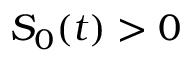
S _ { 0 } ( t ) > 0